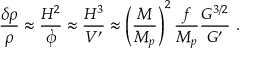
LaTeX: { \frac { \delta \rho } { \rho } } \approx { \frac { H ^ { 2 } } { \dot { \phi } } } \approx { \frac { H ^ { 3 } } { \cal V ^ { \prime } } } \approx \left( { \frac { M } { M _ { p } } } \right) ^ { 2 } { \frac { f } { M _ { p } } } { \frac { { \cal G } ^ { 3 / 2 } } { \cal G ^ { \prime } } } \ .